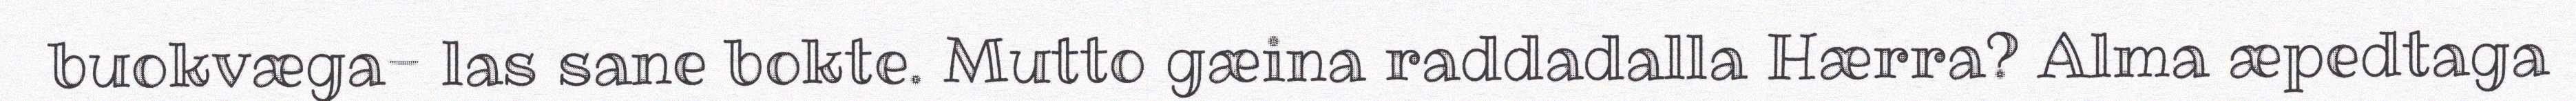
buokvæga- las sane bokte. Mutto gæina raddadalla Hærra? Alma æpedtaga